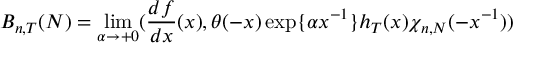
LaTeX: B _ { n , T } ( N ) = \operatorname * { l i m } _ { \alpha \rightarrow + 0 } ( \frac { d f } { d x } ( x ) , \theta ( - x ) \exp \{ \alpha x ^ { - 1 } \} h _ { T } ( x ) \chi _ { n , N } ( - x ^ { - 1 } ) )